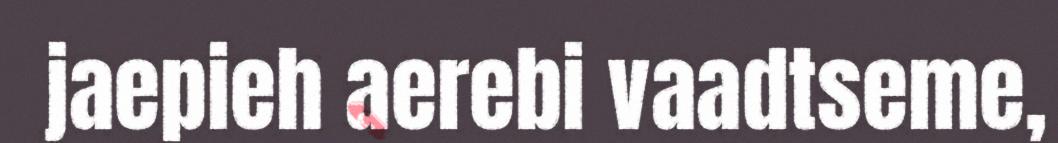
jaepieh aerebi vaadtseme,